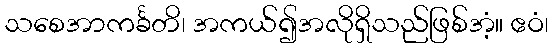
သစေအာကင်္ခတိ၊ အကယ်၍အလိုရှိသည်ဖြစ်အံ့။ ဧဝံ၊